Veterinary regulations India, 1939 -
Year: 1939
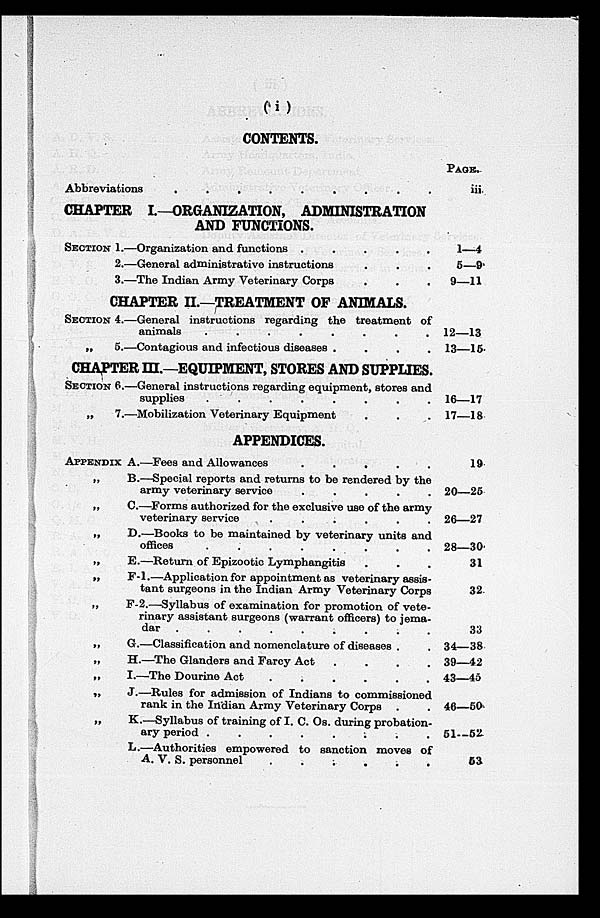
(i)
CONTENTS.
Abbreviations . . . . . . . . . . . .
CHAPTER I.—ORGANIZATION, ADMINISTRATION
AND FUNCTIONS.
SECTION 1.—Organization and functions
.....
2.—General administrative instructions . . .
3.—The Indian Army Veterinary Corps . . .
CHAPTER II.—TREATMENT OP ANIMALS.
SECTION 4.—General instructions regarding the treatment of
animals . . . . . .
„
5.—Contagious and infectious diseases
....
CHAPTER III.—EQUIPMENT, STORES AND SUPPLIES.
SECTION 6.—General instructions regarding equipment, stores and
supplies . . . . . .
„
7.—Mobilization Veterinary Equipment . . .
APPENDICES.
APPENDIX A.—Fees and Allowances
.....
„
B.—Special reports and returns to be rendered by the
army veterinary service
.....
„
C.—Forms authorized for the exclusive use of the army
veterinary service . . . . . .
„
D.—Books to be maintained by veterinary units and
offices . . . . . . .
„
E.—Return of Epizootic Lymphangitis . . .
„
F-1.—Application for appointment as veterinary assis-
tant surgeons in the Indian Army Veterinary Corps
„
F-2.—Syllabus of examination for promotion of vete-
rinary assistant surgeons (warrant officers) to jema¬
dar . . . . . . . . .
„
G.—Classification and nomenclature of diseases .
„
H.—The Glanders and Farcy Act
....
„ I.—The Dourine Act . . . .
„
J.—Rules for admission of Indians to commissioned
rank in the Indian Army Veterinary Corps . .
„
K.—Syllabus of training of I. C. Os. during probation-
ary period . . . . . .
L.—Authorities empowered to sanction moves of
A. V. S. personnel . . . . . .
PAGE.
iii
1—4
5—9
9—11
12—13
13—15
16—17
17—18
19
20—25
26—27
28—30
31
32
33
34—38
39—42
43—45
46—50
51—52
53